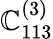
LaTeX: \mathbb{C}_{113}^{(3)}